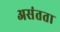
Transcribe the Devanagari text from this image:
असंतता